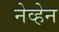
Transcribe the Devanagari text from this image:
नेव्हेन